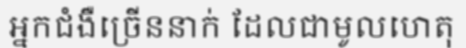
អ្នកជំងឺច្រើននាក់ ដែលជាមូលហេតុ